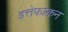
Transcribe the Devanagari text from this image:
इत्तेफाक़न